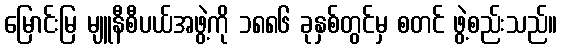
မြောင်းမြ မျူနီစီပယ်အဖွဲ့ကို ၁၈၈၆ ခုနှစ်တွင်မှ စတင် ဖွဲ့စည်းသည်။